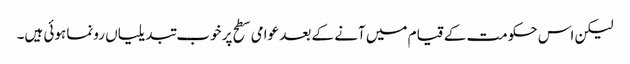
لیکن اس حکومت کے قیام میں آنے کے بعد عوامی سطح پر خوب تبدیلیاں رونما ہوئی ہیں۔